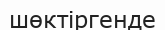
шөктіргенде